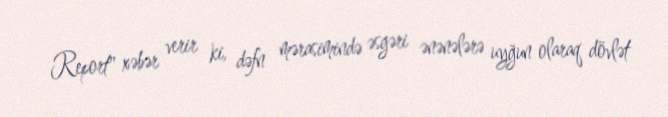
Report" xəbər verir ki, dəfn mərasimində əsgəri ənənələrə uyğun olaraq dövlət